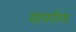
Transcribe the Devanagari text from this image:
यापरीस